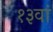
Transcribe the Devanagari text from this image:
१३वां